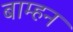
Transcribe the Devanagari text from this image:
बाम्हन